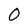
Character: 0